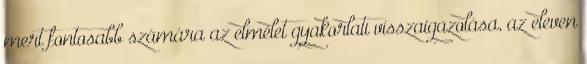
mert fontosabb számára az elmélet gyakorlati visszaigazolása, az eleven